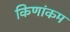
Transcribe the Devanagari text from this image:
किणांकम